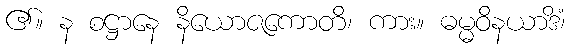
၏။ န စဋ္ဌာနေ နိယောဇကောတိ၊ ကား။ ဓမ္မဝိနယာဒိံ၊